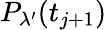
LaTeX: P_{\lambda^{\prime}}(t_{j+1})